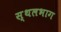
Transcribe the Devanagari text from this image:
स्थलभाग